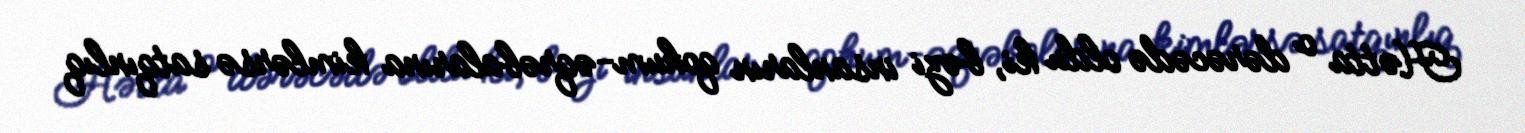
Hətta o dərəcədə oldu ki, bəzi insanların qohum-əqrəbalarına kimlərsə satqınlıq